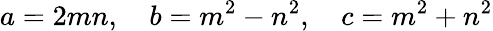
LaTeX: a=2mn,\quad b=m^{2}-n^{2},\quad c=m^{2}+n^{2}